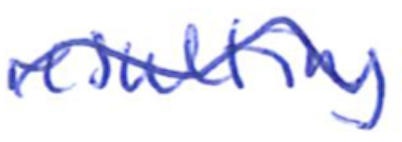
Text: resulting
Cross-out: wave
Writing tool: ballpoint